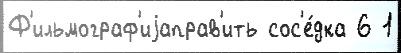
Ф'ильмограф'иjаправ'ить сос'е́дка 6 1